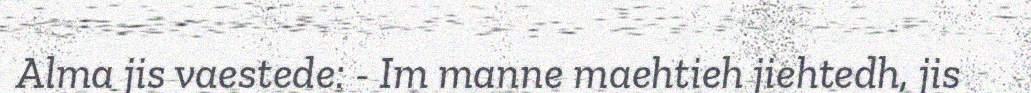
Alma jis vaestede: - Im manne maehtieh jiehtedh, jis